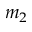
m _ { 2 }